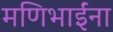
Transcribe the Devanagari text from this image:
मणिभाईंना